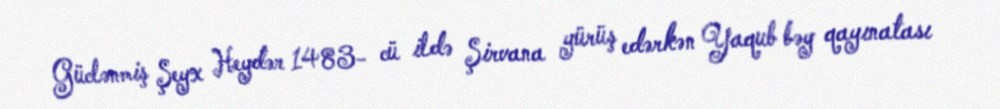
Güclənmiş Şeyx Heydər 1483- cü ildə Şirvana yürüş edərkən Yaqub bəy qayınatası